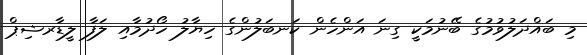
މި ބައްދަލުވުމުގެ ބޭނުމަކީ ގިނަ އަންހެން ކަނބަލުންގެ ހިޔާލު ހޯދުމާއި ލަފާ ލީޑާރޝިޕް